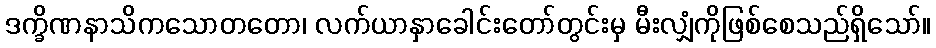
ဒက္ခိဏနာသိကသောတတော၊ လက်ယာနှာခေါင်းတော်တွင်းမှ မီးလျှံကိုဖြစ်စေသည်ရှိသော်။